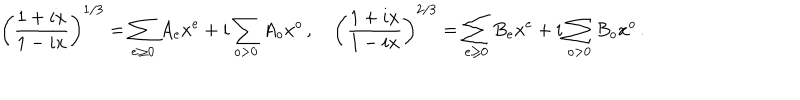
\left( \frac { 1 + i x } { 1 - i x } \right) ^ { 1 / 3 } = \sum _ { e \geq 0 } A _ { e } x ^ { e } + i \sum _ { o > 0 } A _ { o } x ^ { o } \, , ~ \left( \frac { 1 + i x } { 1 - i x } \right) ^ { 2 / 3 } = \sum _ { e \geq 0 } B _ { e } x ^ { e } + i \sum _ { o > 0 } B _ { o } x ^ { o } \, .